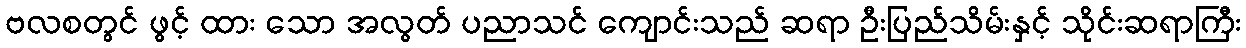
ဗလစတွင် ဖွင့် ထား သော အလွတ် ပညာသင် ကျောင်းသည် ဆရာ ဦးပြည်သိမ်းနှင့် သိုင်းဆရာကြီး